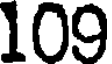
109